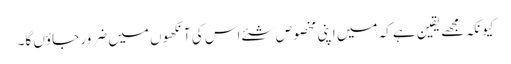
کیونکہ مجھے یقین ہے کہ میں اپنی مخصوص شئے اس کی آنکھوں میں ضرور جاؤں گا۔